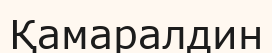
Қамаралдин